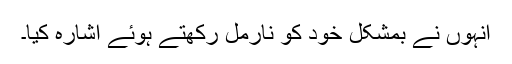
انہوں نے بمشکل خود کو نارمل رکھتے ہوئے اشارہ کیا۔